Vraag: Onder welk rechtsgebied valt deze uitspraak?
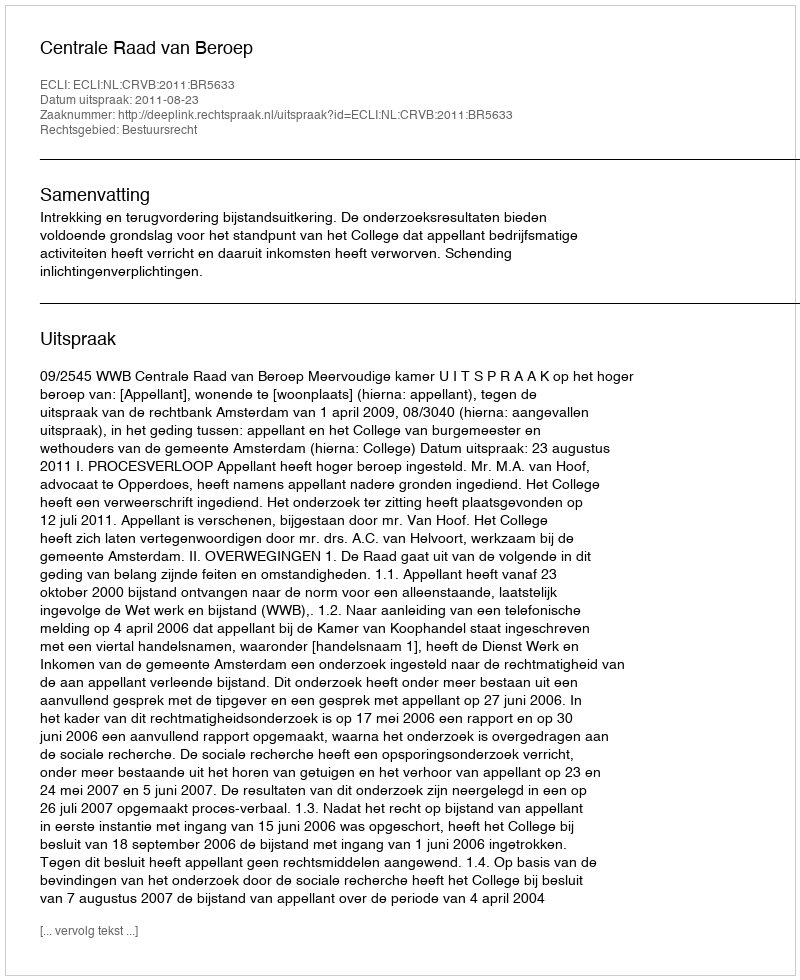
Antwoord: Bestuursrecht